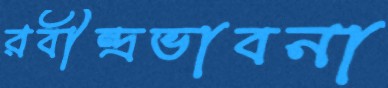
রবীন্দ্রভাবনা